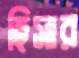
হিসার